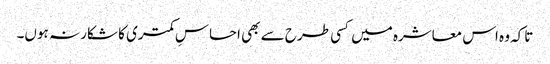
تاکہ وہ اس معاشرہ میں کسی طرح سے بھی احساسِ کمتری کا شکار نہ ہوں۔